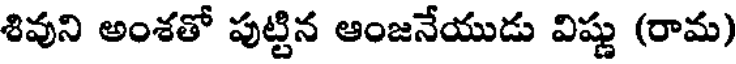
శివుని అంశతో పుట్టిన ఆంజనేయుడు విష్ణు (రామ)